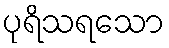
ပုရိသရသော